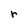
Character: r